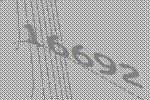
16692